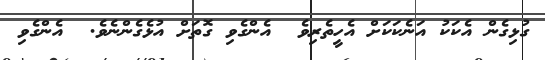
ގުޅިގެން އެކަކު އަނެކަކަށް އެހީތެރިވެ  އެންގެވި ގޮތަށް އުޅެގެންނެވެ.  އެންގެވި